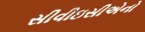
સીવીઇસીએનો